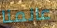
عالمنا